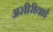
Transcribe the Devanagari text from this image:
असीरीयाई